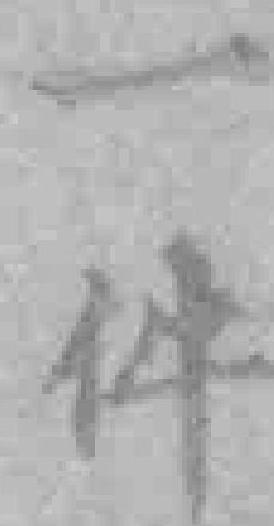
一件